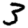
Digit: 3